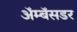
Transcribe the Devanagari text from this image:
ॲम्बॅसडर